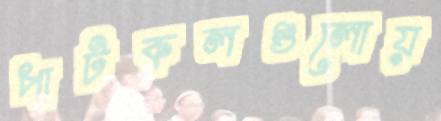
পাটকলগুলোয়